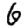
Digit: 6